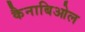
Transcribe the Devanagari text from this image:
कैनाबिओल